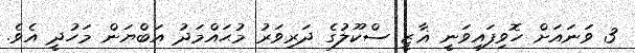
3 ވަނައަށް ހޮވިފައިވަނީ ޣާޒީ ސްކޫލުގެ ދަރިވަރު މުޙައްމަދު އަބްޔަން މަހުދީ އެވެ.